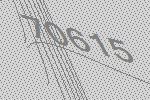
70615